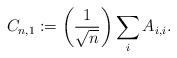
LaTeX: \begin{align*}C_{n,1} := \left( \frac{1}{\sqrt{n}} \right) \sum_{i} A_{i,i}.\end{align*}